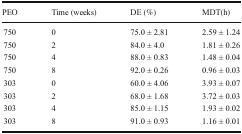
| PEO | Time (weeks) | DE (%) | MDT(h) |
 | --- | --- | --- | --- |
 | 750 | 0 | 75.0 ± 2.81 | 2.59 ± 1.24 |
 | 750 | 2 | 84.0 ± 4.0 | 1.81 ± 0.26 |
 | 750 | 4 | 88.0 ± 0.83 | 1.48 ± 0.04 |
 | 750 | 8 | 92.0 ± 0.26 | 0.96 ± 0.03 |
 | 303 | 0 | 60.0 ± 4.06 | 3.93 ± 0.07 |
 | 303 | 2 | 68.0 ± 1.68 | 3.72 ± 0.03 |
 | 303 | 4 | 85.0 ± 1.15 | 1.93 ± 0.02 |
 | 303 | 8 | 91.0 ± 0.93 | 1.16 ± 0.01 |